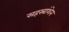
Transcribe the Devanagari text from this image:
सहस्रांशेन